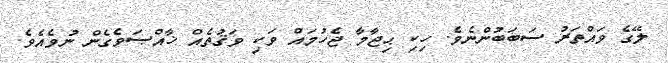
ލޭގެ ވައްތަރު ސަބަބުންނެވެ. ހިކި ޙިޖާމާ ޖެހުމައް ވަކި ވަޤުތެެއް ޚާއްޞަވެގެން ނުވެއެވެ.